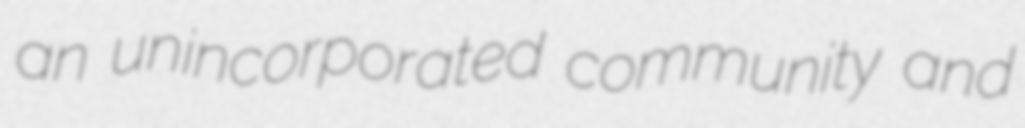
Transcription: an unincorporated community and